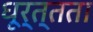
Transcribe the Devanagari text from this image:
धूर्त्तता